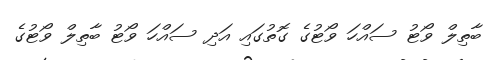
ބާތިލް ވޯޓު ސައްހަ ވޯޓުގެ ގޮތުގައި އަދި ސައްހަ ވޯޓު ބާތިލް ވޯޓުގެ